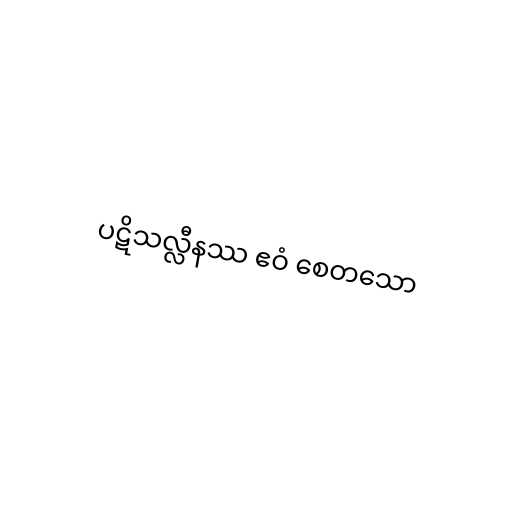
ပဋိသလ္လီနဿ ဧဝံ စေတသော